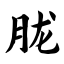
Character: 胧